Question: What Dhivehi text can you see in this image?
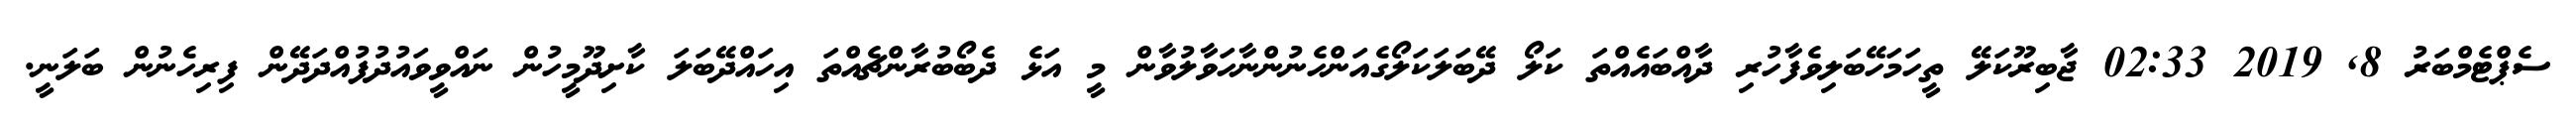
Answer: ސެޕްޓެމްބަރު 8, 2019 02:33 ޖާބިރޫކަލޭ ތީހަމަހޭބަލިވެފާހުރި ދާއްބައެއްތަ ކަލޯ ދޭބަލަކަލޯގެއަންހެނުންނާހަވާލުވާން މީ އަޅެ ދެބޯބުރާންޗެއްތަ އިހައްދޭބަލަ ކާށިދޫމީހުން ނައްވީވައުދުފުއްދަދޭން ފިރިހެނުން ބަލަނީ.